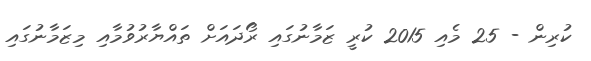
ކުރިން - 25 މެއި 2015 ކުރީ ޒަމާނުގައި ރޯދައަށް ތައްޔާރުވުމާއި މިޒަމާނުގައި